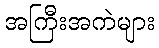
အကြီးအကဲများ